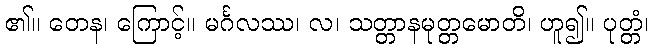
၏။ တေန၊ ကြောင့်။ မင်္ဂလဿ၊ လ၊ သတ္တာနမုတ္တမောတိ၊ ဟူ၍။ ပုတ္တံ၊